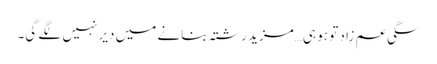
سگی عم زاد تو ہو ہی…مزید رشتہ بنانے میں دیر نہیں لگے گی۔